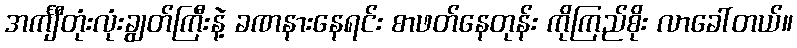
အင်္ကျီတုံးလုံးချွတ်ကြီးနဲ့ ခဏနားနေရင်း စာဖတ်နေတုန်း ကိုကြည်စိုး လာခေါ်တယ်။